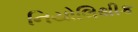
નિયોલિથીક